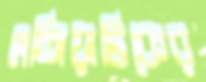
এশিয়াটিকের